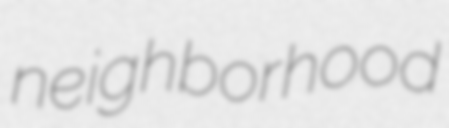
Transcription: neighborhood